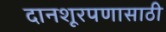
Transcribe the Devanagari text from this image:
दानशूरपणासाठी